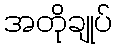
အတိုချုပ်